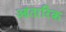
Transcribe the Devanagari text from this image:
आंतारिक